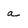
Character: a